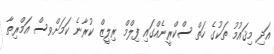
އަދި މިޤައުމު ތަކުގެ ހަތް ސްކްރީނެއްގައި ފިލްމް ރިލީޒް ކުރާނެ ކަމަށްވސް އަމްރިތާ